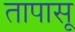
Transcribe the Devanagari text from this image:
तापासू